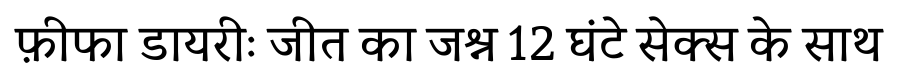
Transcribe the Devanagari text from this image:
फ़ीफा डायरीः जीत का जश्न 12 घंटे सेक्स के साथ